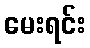
မေးရင်း